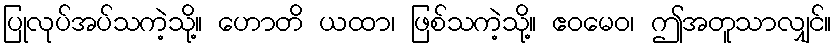
ပြုလုပ်အပ်သကဲ့သို့။ ဟောတိ ယထာ၊ ဖြစ်သကဲ့သို့။ ဧဝမေဝ၊ ဤအတူသာလျှင်။